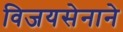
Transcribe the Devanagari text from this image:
विजयसेनाने